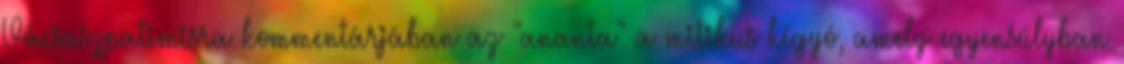
Vácsaszpatimisra kommentárjában az "ananta" a mitikus kígyó, amely egyensúlyban